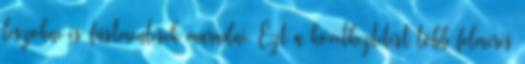
leszokni és füstmentesek maradni. Ezt a következtetést több felmérés